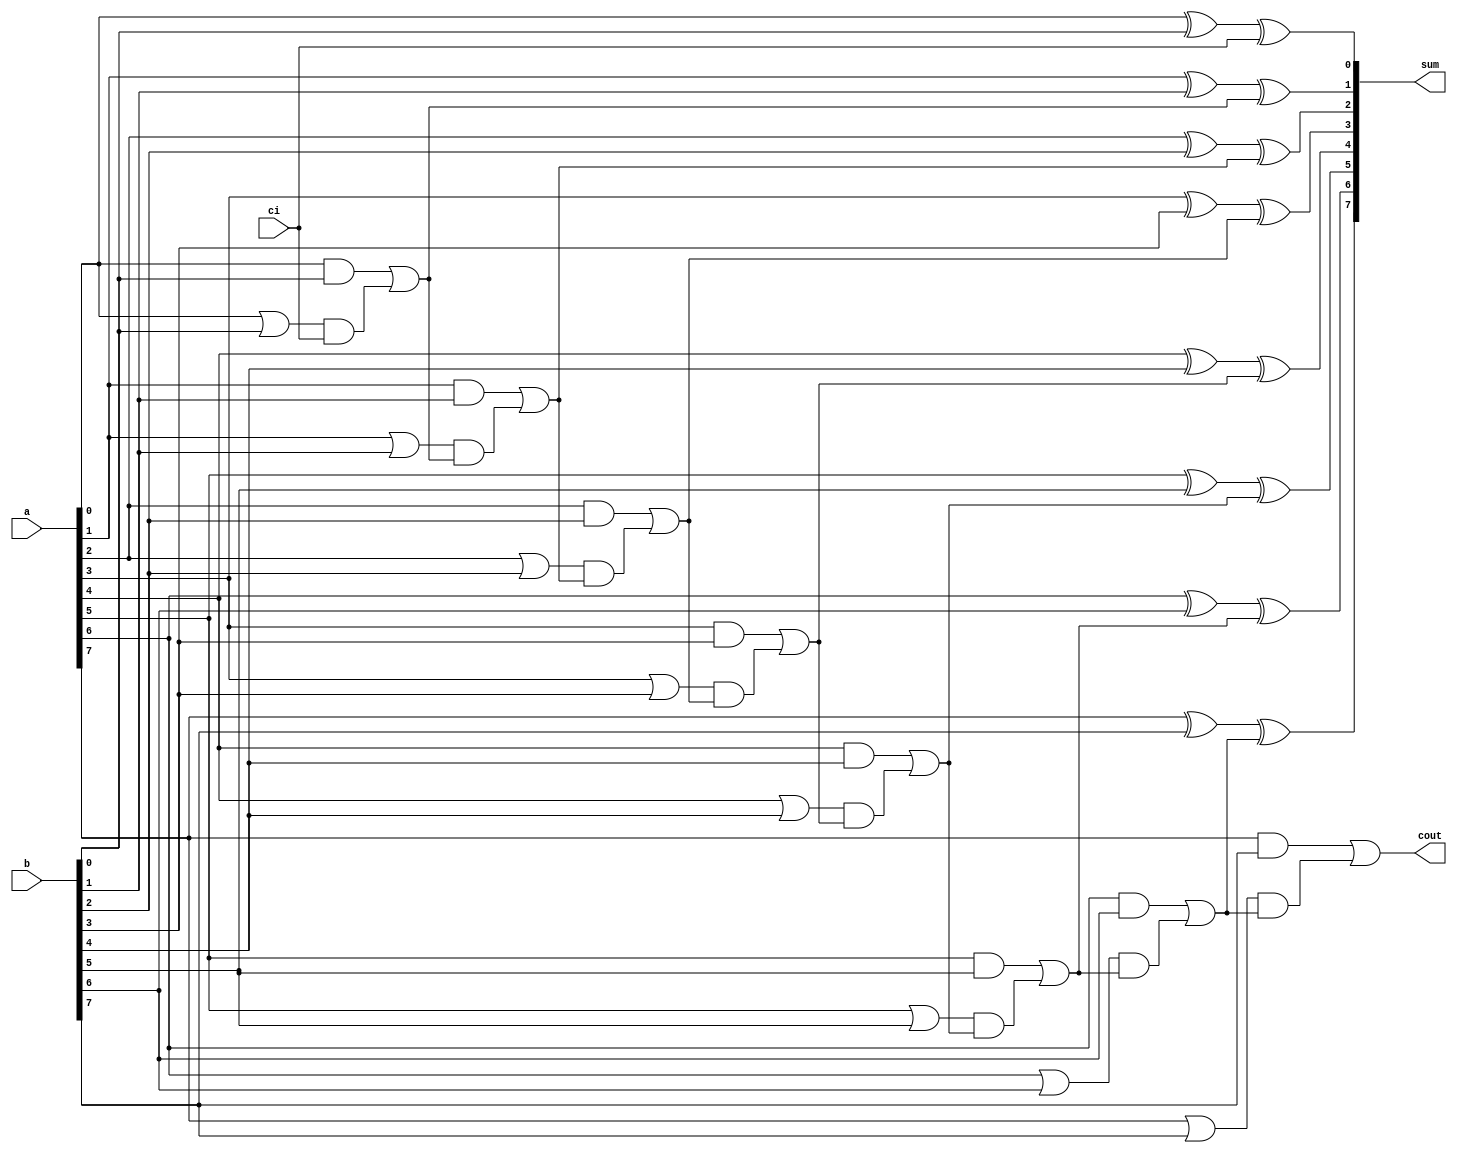
`timescale 1ns / 1ps
//////////////////////////////////////////////////////////////////////////////////
// Company: 
// Engineer: 
// 
// Design Name: 
// Module Name: cla_adder
// Project Name: 
// Target Devices: 
// Tool Versions: 
// Description: 
// 
// Dependencies: 
// 
// Revision:
// Revision 0.01 - File Created
// Additional Comments:
// 
//////////////////////////////////////////////////////////////////////////////////


module cla_adder(a,b,ci,sum,cout);

    input [7:0]    a;
    input [7:0]    b;
    input ci;
    
    output [7:0]   sum;
    output cout;

    wire  [7:0]    co_tmp;
    wire  [7:0]    cin;
    
    assign  cin[7:0]  = {co_tmp[6:0],ci};
    
    //
    assign  co_tmp[0] = a[0]&b[0] || (a[0] || b[0])&(cin[0]);
    assign  co_tmp[1] = a[1]&b[1] || (a[1] || b[1])&(cin[1]);
    assign  co_tmp[2] = a[2]&b[2] || (a[2] || b[2])&(cin[2]);
    assign  co_tmp[3] = a[3]&b[3] || (a[3] || b[3])&(cin[3]);
    assign  co_tmp[4] = a[4]&b[4] || (a[4] || b[4])&(cin[4]);
    assign  co_tmp[5] = a[5]&b[5] || (a[5] || b[5])&(cin[5]);
    assign  co_tmp[6] = a[6]&b[6] || (a[6] || b[6])&(cin[6]);
    assign  co_tmp[7] = a[7]&b[7] || (a[7] || b[7])&(cin[7]);


    
    //
    assign sum[0] = a[0] ^ b[0] ^ cin[0];
    assign sum[1] = a[1] ^ b[1] ^ cin[1];
    assign sum[2] = a[2] ^ b[2] ^ cin[2];
    assign sum[3] = a[3] ^ b[3] ^ cin[3];
    assign sum[4] = a[4] ^ b[4] ^ cin[4];
    assign sum[5] = a[5] ^ b[5] ^ cin[5];
    assign sum[6] = a[6] ^ b[6] ^ cin[6];
    assign sum[7] = a[7] ^ b[7] ^ cin[7];
    
    assign cout = co_tmp[7];

endmodule